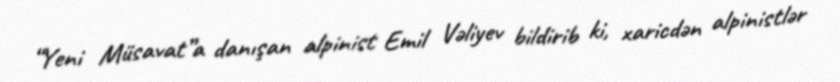
“Yeni Müsavat”a danışan alpinist Emil Vəliyev bildirib ki, xaricdən alpinistlər